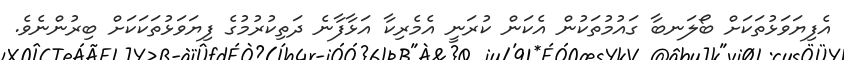
އެފިޔަވަޅުތަކަށް ބޯލަނބާ ގައުމުތަކުން އެކަން ކުރަނީ އެމެރިކާ އަޅާފާނެ ދަތިކުރުމުގެ ފިޔަވަޅުތަކަކަށް ބިރުންނެވެ.